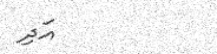
އަދި